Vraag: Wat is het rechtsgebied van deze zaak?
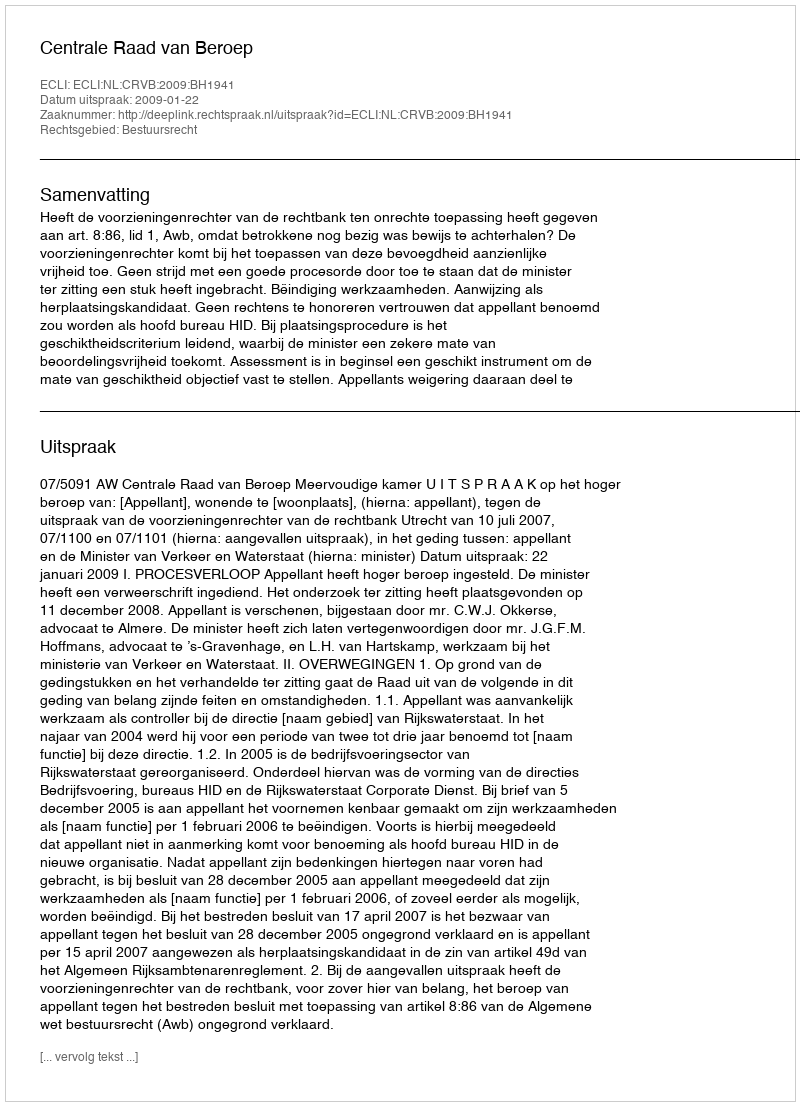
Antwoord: Bestuursrecht